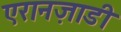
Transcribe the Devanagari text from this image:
एरानज़ाडी